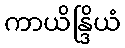
ကာယိန္ဒြိယံ